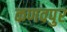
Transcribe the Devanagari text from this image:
कणवपुर